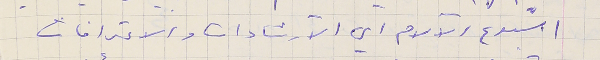
اسبوع الآلام اي الآرشادات والاعترافات